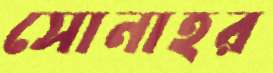
সোনাহর